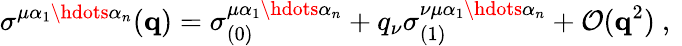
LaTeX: \sigma^{\mu\alpha_{1}\hdots\alpha_{n}}(\mathbf{q})=\sigma_{(0)}^{\mu\alpha_{1}\hdots\alpha_{n}}+q_{\nu}\sigma_{(1)}^{\nu\mu\alpha_{1}\hdots\alpha_{n}}+\mathcal{O}(\mathbf{q}^{2})\mathrm{~,~}